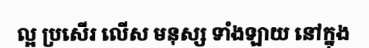
ល្អ ប្រសើរ លើស មនុស្ស ទាំងឡាយ នៅក្នុង